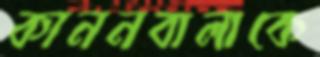
কাননবালাকে